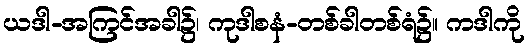
ယဒါ-အကြင်အခါ၌၊ ကုဒါစနံ-တစ်ခါတစ်ရံ၌။ ကဒါကို